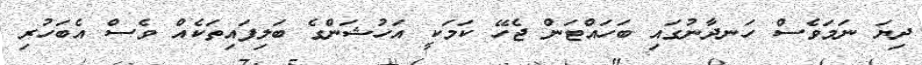
ދިޔަ ނަމަވެސް ހަނދާނުގައި ބަހައްޓަން ޖެހޭ ކަމަކީ އަހުޝަންގެ ބަލިފައިތަކެއް ވެސް އެބަހުރި